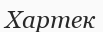
Хартек